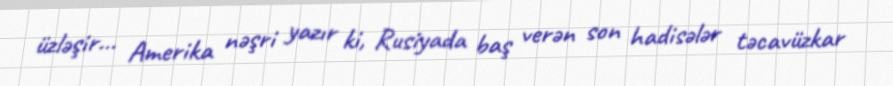
üzləşir... Amerika nəşri yazır ki, Rusiyada baş verən son hadisələr təcavüzkar